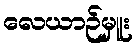
လေယာဉ်မှူး